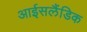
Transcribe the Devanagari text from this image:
आईसलैंडिक